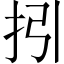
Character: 𢪉